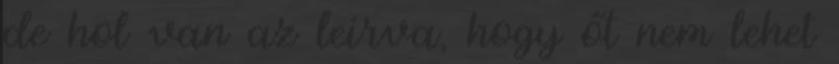
de hol van az leírva, hogy őt nem lehet